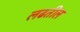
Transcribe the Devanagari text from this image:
लढतील